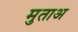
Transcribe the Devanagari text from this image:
मुताअ